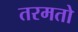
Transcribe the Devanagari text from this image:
तरमतो